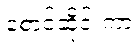
စောင့်ဆိုင်းကာ